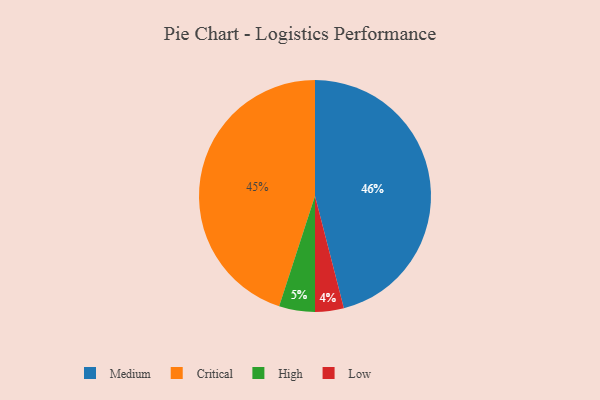
{"axis": {"x": "Category", "y": "Percentage"}, "legend": ["Critical", "High", "Low", "Medium"], "data": [{"x": "Medium", "y": 46, "type": "Medium"}, {"x": "Low", "y": 4, "type": "Low"}, {"x": "Critical", "y": 45, "type": "Critical"}, {"x": "High", "y": 5, "type": "High"}]}